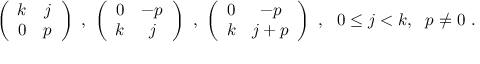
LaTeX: \left( \begin{array} { c c } { { k } } & { { j } } \\ { { 0 } } & { { p } } \end{array} \right) \ , \ \left( \begin{array} { c c } { { 0 } } & { { - p } } \\ { { k } } & { { j } } \end{array} \right) \ , \ \left( \begin{array} { c c } { { 0 } } & { { - p } } \\ { { k } } & { { j + p } } \end{array} \right) \ , \ \ 0 \leq j < k , \ \ p \neq 0 \ .